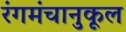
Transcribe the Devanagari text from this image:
रंगमंचानुकूल